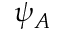
\psi _ { A }